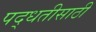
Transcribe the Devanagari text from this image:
पद्धतीसाठी